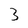
Character: 3